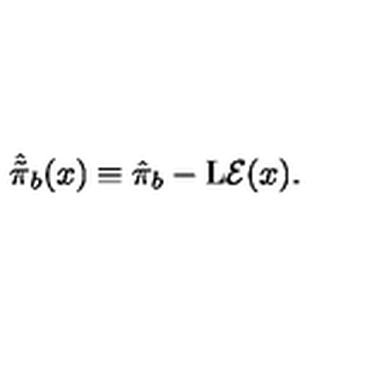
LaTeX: \hat { \tilde { \pi } } _ { b } ( x ) \equiv \hat { \pi } _ { b } - \mathrm { L } { \cal E } ( x ) .